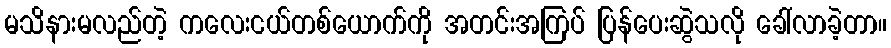
မသိနားမလည်တဲ့ ကလေးငယ်တစ်ယောက်ကို အတင်းအကြပ် ပြန်ပေးဆွဲသလို ခေါ်လာခဲ့တာ။